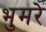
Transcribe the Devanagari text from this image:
भुमरे